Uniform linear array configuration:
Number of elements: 48
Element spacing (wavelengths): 0.75
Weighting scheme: uniform
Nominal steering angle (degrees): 15
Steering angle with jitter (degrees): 16.452
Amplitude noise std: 0.05
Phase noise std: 0.05

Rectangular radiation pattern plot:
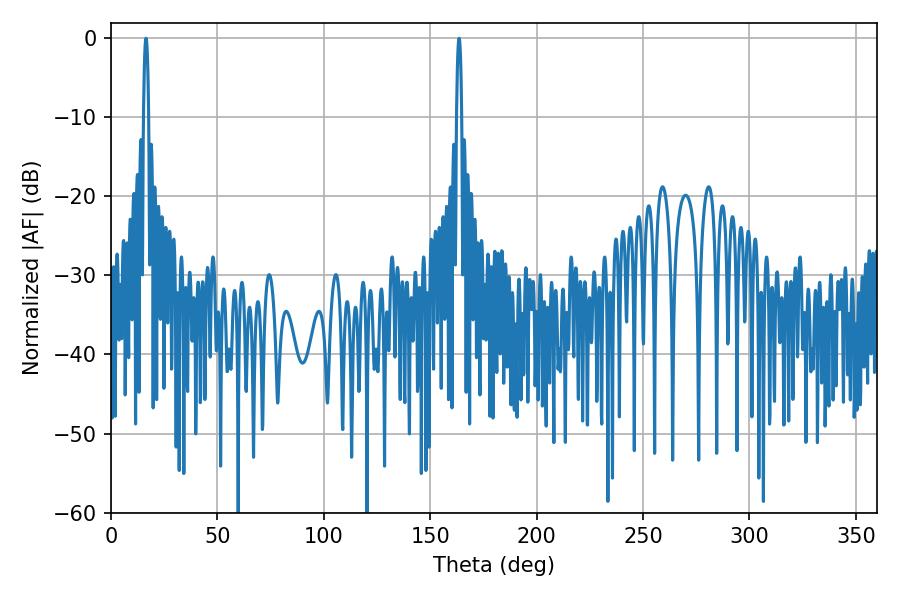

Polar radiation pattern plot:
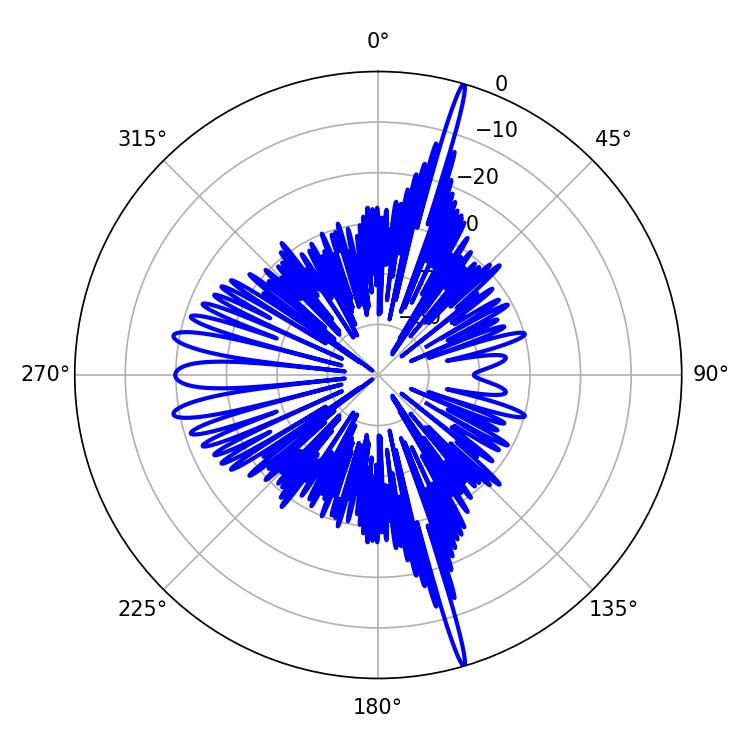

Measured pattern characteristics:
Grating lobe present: TRUE
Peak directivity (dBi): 22.267
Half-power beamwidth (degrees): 1.26
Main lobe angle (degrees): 16.38